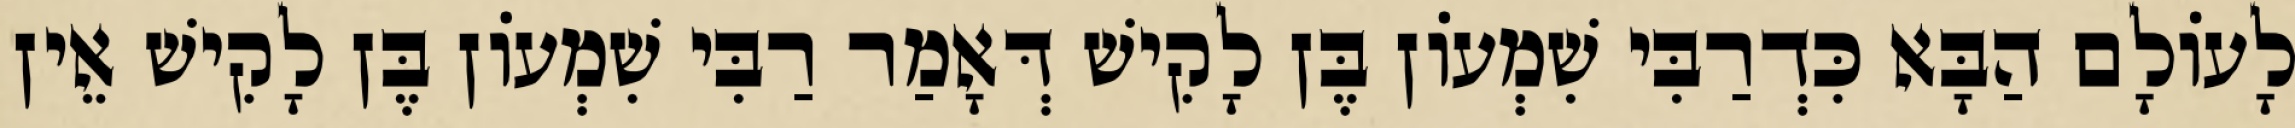
לָעוֹלָם הַבָּא כִּדְרַבִּי שִׁמְעוֹן בֶּן לָקִישׁ דְּאָמַר רַבִּי שִׁמְעוֹן בֶּן לָקִישׁ אֵין